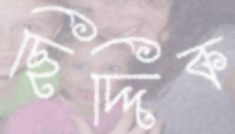
ছিদ্দিক